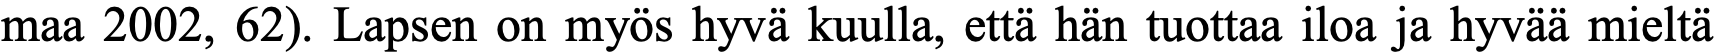
maa 2002, 62). Lapsen on myös hyvä kuulla, että hän tuottaa iloa ja hyvää mieltä